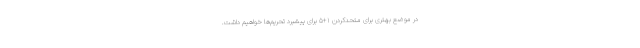
در موضع بهتری برای متحدکردن ۱+۵ برای پیشبرد تحریم‌ها خواهیم داشت.